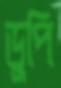
ডুপি